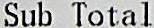
SUB TOTAL